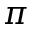
\pi